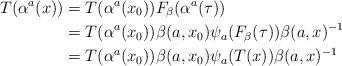
LaTeX: \begin{align*} T(\alpha^a(x))&= T(\alpha^a(x_0)) F_\beta(\alpha^a(\tau)) \\ &=T(\alpha^a(x_0)) \beta(a,x_0) \psi_a(F_\beta(\tau))\beta(a,x)^{-1} \\ &=T(\alpha^a(x_0))\beta(a,x_0) \psi_a(T(x)) \beta(a,x)^{-1}\end{align*}